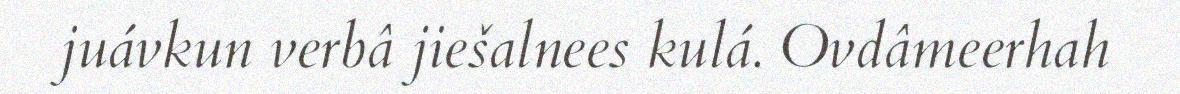
juávkun verbâ jiešalnees kulá. Ovdâmeerhah